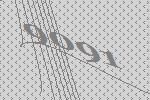
9091